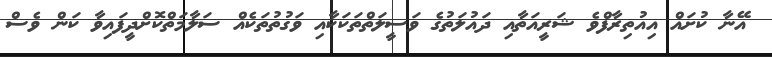
އޭނާ ކުށައް އިއުތިރާފްވެ ޝަރީއަތާއި ދައުލަތުގެ ވަސީލަތްތަކަކާއި ވަގުތުތަކެއް ސަލާމަތްކޮށްދީފައިވާ ކަން ވެސް